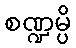
စဏ္ဍမ္ပိ